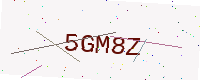
Text: 5GM8Z